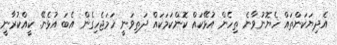
އެދިޔަކަންތައް ހެޔޮނުވާނެ ތިހެން އުޅޭކައް ކޮންކަމަކައް ދަތިވަނީ ހަމަޖެހިގެން އެބަ އުޅެނޭ. ކީއްކުރާނީ